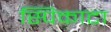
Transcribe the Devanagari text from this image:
स्पिकाटा